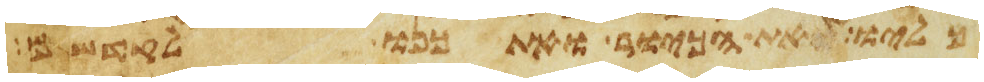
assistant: כליו ואת הכיור ואת כנו לקדשם